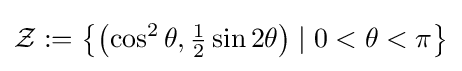
{\mathcal {Z}}:=\left\{\left(\cos ^{2}\theta ,{\tfrac {1}{2}}\sin 2\theta \right)\mid 0<\theta <\pi \right\}